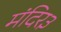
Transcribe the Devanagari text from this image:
मंदिर३